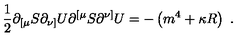
{ \frac { 1 } { 2 } } \partial _ { [ \mu } S \partial _ { \nu ] } U \partial ^ { [ \mu } S \partial ^ { \nu ] } U = - \left( m ^ { 4 } + \kappa R \right) \ .